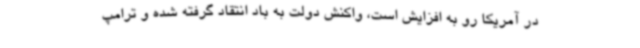
در آمریکا رو به افزایش است، واکنش دولت به باد انتقاد گرفته شده و ترامپ